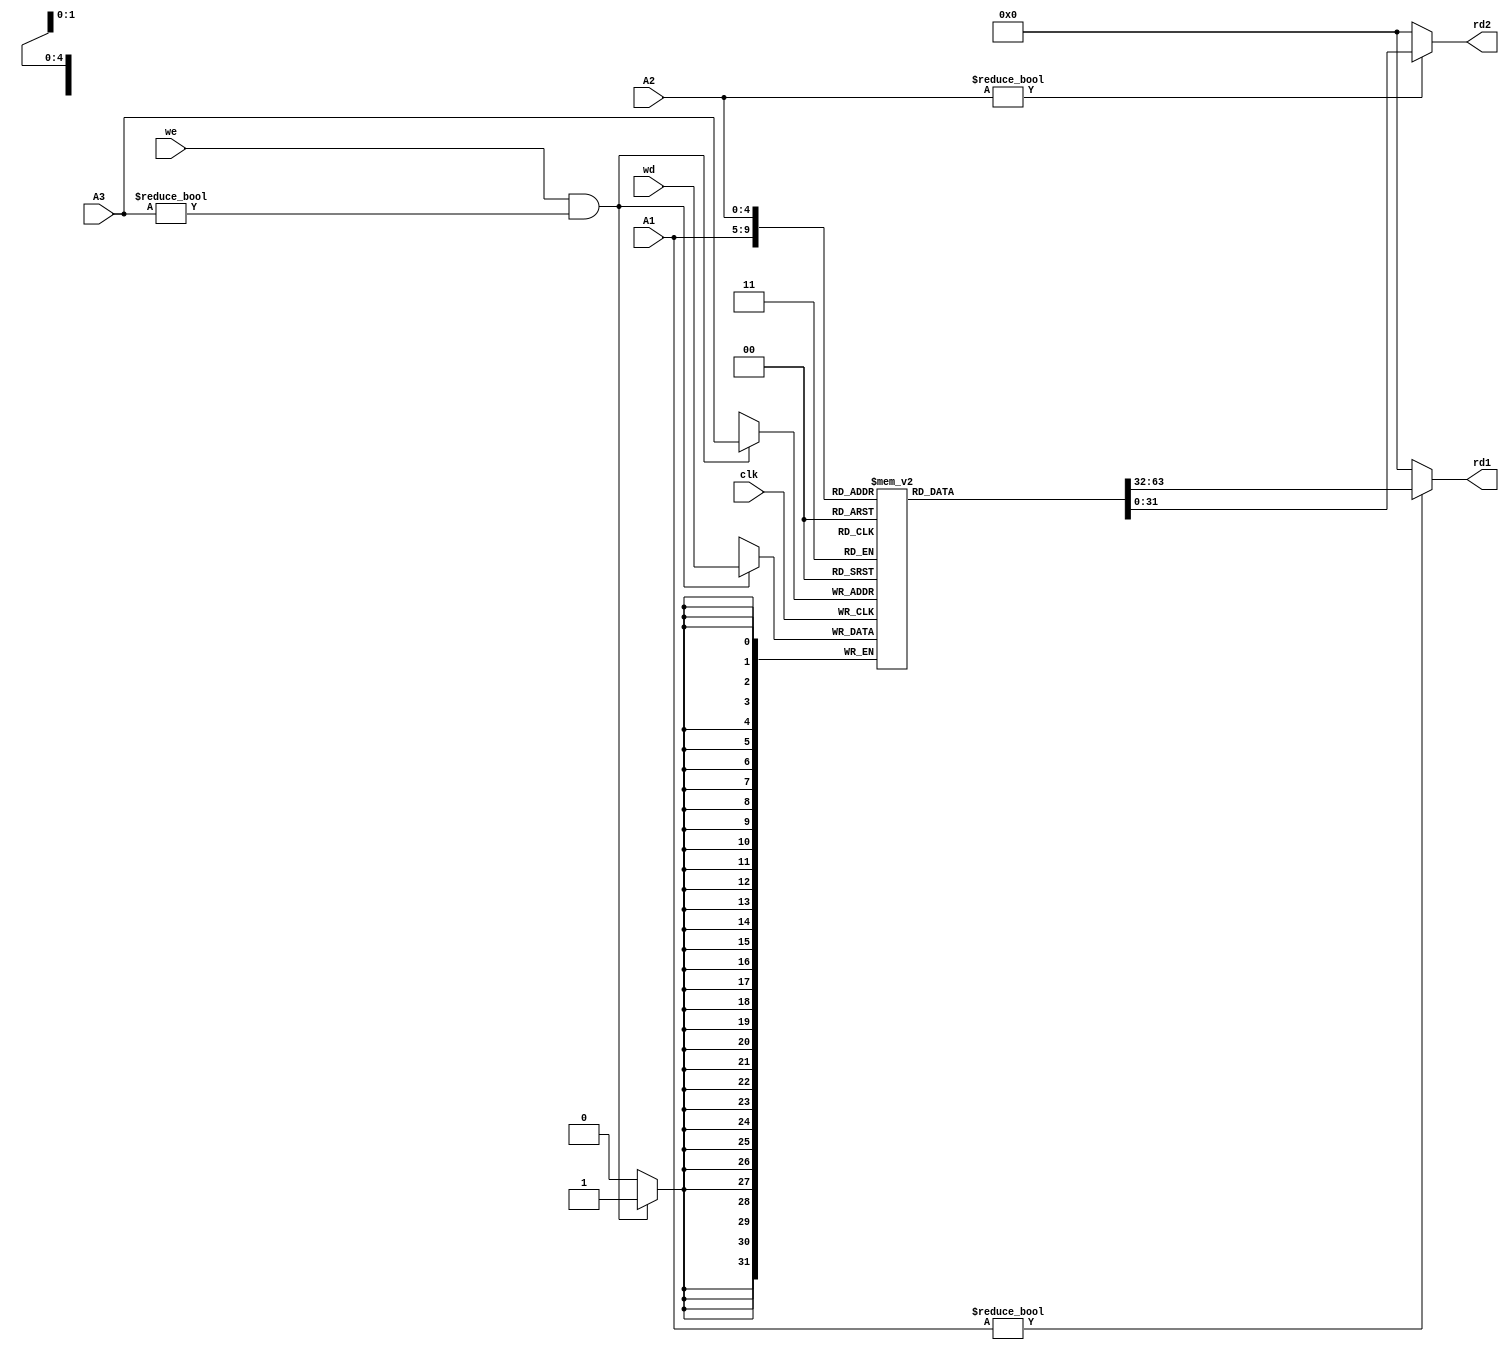
/*
 *  kianv harris multicycle RISC-V rv32ima
 *
 *  copyright (c) 2023 hirosh dabui <hirosh@dabui.de>
 *
 *  permission to use, copy, modify, and/or distribute this software for any
 *  purpose with or without fee is hereby granted, provided that the above
 *  copyright notice and this permission notice appear in all copies.
 *
 *  the software is provided "as is" and the author disclaims all warranties
 *  with regard to this software including all implied warranties of
 *  merchantability and fitness. in no event shall the author be liable for
 *  any special, direct, indirect, or consequential damages or any damages
 *  whatsoever resulting from loss of use, data or profits, whether in an
 *  action of contract, negligence or other tortious action, arising out of
 *  or in connection with the use or performance of this software.
 *
 */
`default_nettype none

/* verilator lint_off UNUSEDSIGNAL */
module p23_register_file #(
    parameter REGISTER_DEPTH = 32  // rv32e = 16; rv32i = 32
) (
    input  wire        clk,
    input  wire        we,
    input  wire [ 4:0] A1,
    input  wire [ 4:0] A2,
    input  wire [ 4:0] A3,
    input  wire [31:0] wd,
    output wire [31:0] rd1,
    output wire [31:0] rd2
);
  reg [31:0] bank0[0:REGISTER_DEPTH -1];

  always @(posedge clk) begin

    if (we && A3 != 0) begin
      bank0[A3] <= wd;
    end
  end

  assign rd1 = A1 != 0 ? bank0[A1] : 32'b0;
  assign rd2 = A2 != 0 ? bank0[A2] : 32'b0;

endmodule
/* verilator lint_off UNUSEDSIGNAL */